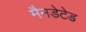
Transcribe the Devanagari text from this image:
मैनडेटेड